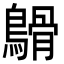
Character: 𪄥